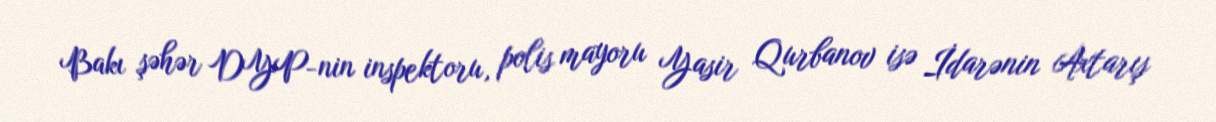
Bakı şəhər DYP-nin inspektoru, polis mayoru Yasir Qurbanov isə İdarənin Axtarış